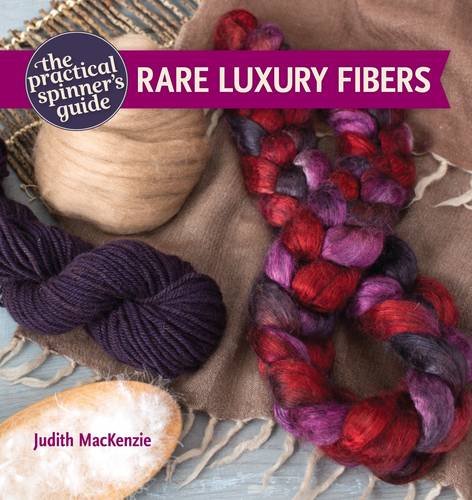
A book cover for The Practical Spinner's Guide - Rare Luxury Fibers; Judith Mackenzie; Crafts, Hobbies & Home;